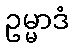
ဥမ္မာဒံ